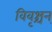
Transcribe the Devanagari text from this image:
विवृश्चन्